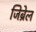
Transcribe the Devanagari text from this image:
जिब्रेल